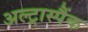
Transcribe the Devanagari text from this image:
अल्ट्रास्पैंक